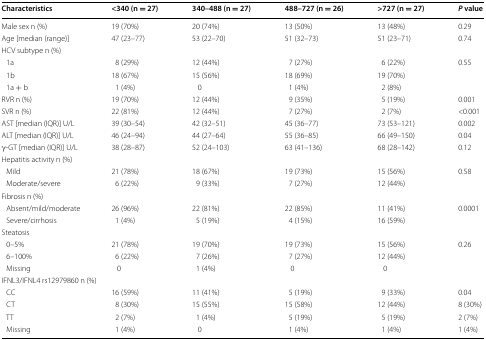
<table><thead><tr><td><b>Characteristics</b></td><td><b>&lt;340 (n = 27)</b></td><td><b>340–488 (n = 27)</b></td><td><b>488–727 (n = 26)</b></td><td><b>&gt;727 (n = 27)</b></td><td><b><i>P</i> value</b></td></tr></thead><tbody><tr><td>Male sex n (%)</td><td>19 (70%)</td><td>20 (74%)</td><td>13 (50%)</td><td>13 (48%)</td><td>0.29</td></tr><tr><td>Age [median (range)]</td><td>47 (23–77)</td><td>53 (22–70)</td><td>51 (32–73)</td><td>51 (23–71)</td><td>0.74</td></tr><tr><td colspan="6">HCV subtype n (%)</td></tr><tr><td> 1a</td><td>8 (29%)</td><td>12 (44%)</td><td>7 (27%)</td><td>6 (22%)</td><td rowspan="3">0.55</td></tr><tr><td> 1b</td><td>18 (67%)</td><td>15 (56%)</td><td>18 (69%)</td><td>19 (70%)</td></tr><tr><td> 1a + b</td><td>1 (4%)</td><td>0</td><td>1 (4%)</td><td>2 (8%)</td></tr><tr><td>RVR n (%)</td><td>19 (70%)</td><td>12 (44%)</td><td>9 (35%)</td><td>5 (19%)</td><td>0.001</td></tr><tr><td>SVR n (%)</td><td>22 (81%)</td><td>12 (44%)</td><td>7 (27%)</td><td>2 (7%)</td><td>&lt;0.001</td></tr><tr><td>AST [median (IQR)] U/L</td><td>39 (30–54)</td><td>42 (32–51)</td><td>45 (36–77)</td><td>73 (53–121)</td><td>0.002</td></tr><tr><td>ALT [median (IQR)] U/L</td><td>46 (24–94)</td><td>44 (27–64)</td><td>55 (36–85)</td><td>66 (49–150)</td><td>0.04</td></tr><tr><td>γ-GT [median (IQR)] U/L</td><td>38 (28–87)</td><td>52 (24–103)</td><td>63 (41–136)</td><td>68 (28–142)</td><td>0.12</td></tr><tr><td colspan="6">Hepatitis activity n (%)</td></tr><tr><td> Mild</td><td>21 (78%)</td><td>18 (67%)</td><td>19 (73%)</td><td>15 (56%)</td><td rowspan="2">0.58</td></tr><tr><td> Moderate/severe</td><td>6 (22%)</td><td>9 (33%)</td><td>7 (27%)</td><td>12 (44%)</td></tr><tr><td colspan="6">Fibrosis n (%)</td></tr><tr><td> Absent/mild/moderate</td><td>26 (96%)</td><td>22 (81%)</td><td>22 (85%)</td><td>11 (41%)</td><td rowspan="2">0.0001</td></tr><tr><td> Severe/cirrhosis</td><td>1 (4%)</td><td>5 (19%)</td><td>4 (15%)</td><td>16 (59%)</td></tr><tr><td colspan="6">Steatosis</td></tr><tr><td> 0–5%</td><td>21 (78%)</td><td>19 (70%)</td><td>19 (73%)</td><td>15 (56%)</td><td rowspan="3">0.26</td></tr><tr><td> 6–100%</td><td>6 (22%)</td><td>7 (26%)</td><td>7 (27%)</td><td>12 (44%)</td></tr><tr><td> Missing</td><td>0</td><td>1 (4%)</td><td>0</td><td>0</td></tr><tr><td colspan="6">IFNL3/IFNL4 rs12979860 n (%)</td></tr><tr><td> CC</td><td>16 (59%)</td><td>11 (41%)</td><td>5 (19%)</td><td>9 (33%)</td><td>0.04</td></tr><tr><td> CT</td><td>8 (30%)</td><td>15 (55%)</td><td>15 (58%)</td><td>12 (44%)</td><td>8 (30%)</td></tr><tr><td> TT</td><td>2 (7%)</td><td>1 (4%)</td><td>5 (19%)</td><td>5 (19%)</td><td>2 (7%)</td></tr><tr><td> Missing</td><td>1 (4%)</td><td>0</td><td>1 (4%)</td><td>1 (4%)</td><td>1 (4%)</td></tr></tbody></table>